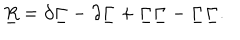
LaTeX: \underline { { { R } } } = \partial \underline { { { \Gamma } } } - \partial \underline { { { \Gamma } } } + { \underline { { { \Gamma } } } } \underline { { { \Gamma } } } - { \underline { { { \Gamma } } } } \underline { { { \Gamma } } } .